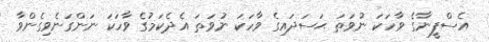
އެސްފީނާގެ ވާހަކަ ނުވަތަ ޙަސަދައިގެ ވާހަކަ ނުވަތަ އެދެކަމުގެ ވާހަކަ ނަންގަނެވިގެންވާ